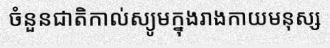
ចំនួនជាតិកាល់ស្យូមក្នុងរាងកាយមនុស្ស